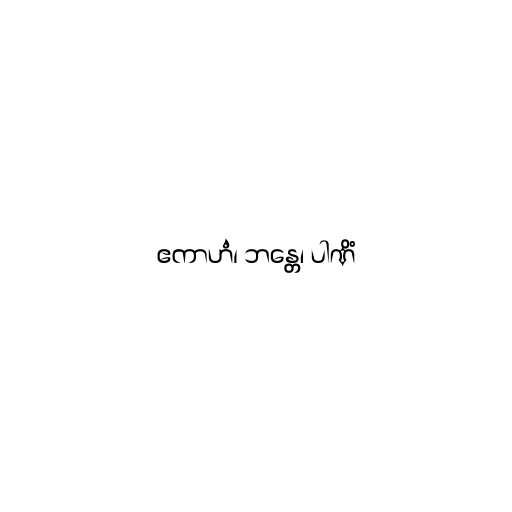
ဧကာဟံ၊ ဘန္တေ၊ ပါဏိံ